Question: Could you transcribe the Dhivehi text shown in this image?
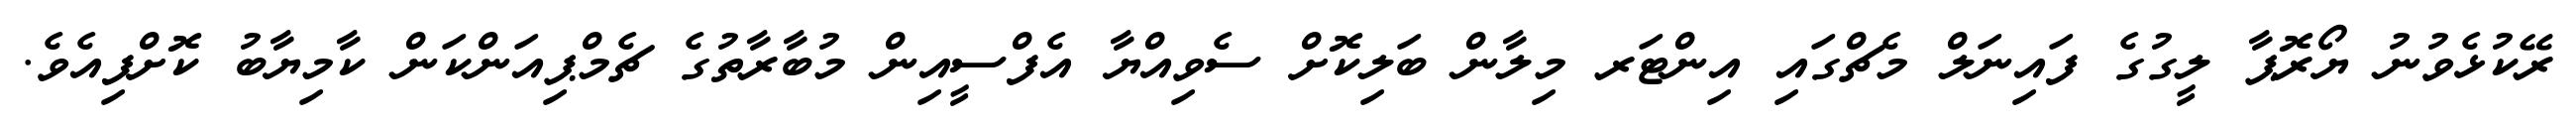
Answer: ރޭކުޅެވުނު ޔޯރޮޕާ ލީގުގެ ފައިނަލް މެޗްގައި އިންޓަރ މިލާން ބަލިކޮށް ސެވިއްޔާ އެފްސީއިން މުބާރާތުގެ ޗެމްޕިއަންކަން ކާމިޔާބު ކޮށްފިއެވެ.